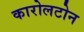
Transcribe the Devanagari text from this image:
कारोलटोन